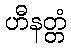
ဟီနတ္တံ